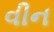
વીન